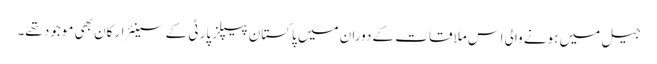
جیل میں ہونے والی اس ملاقات کے دوران میں پاکستان پیپلز پارٹی کے سینئر ارکان بھی موجود تھے۔